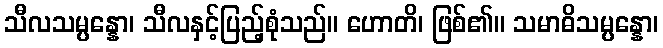
သီလသမ္ပန္နော၊ သီလနှင့်ပြည့်စုံသည်။ ဟောတိ၊ ဖြစ်၏။ သမာဓိသမ္ပန္နော၊